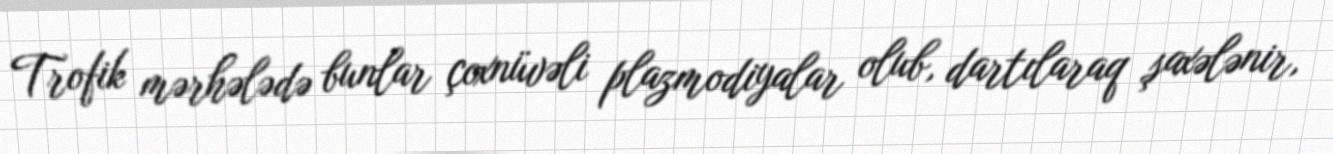
Trofik mərhələdə bunlar çoxnüvəli plazmodiyalar olub, dartılaraq şaxələnir,